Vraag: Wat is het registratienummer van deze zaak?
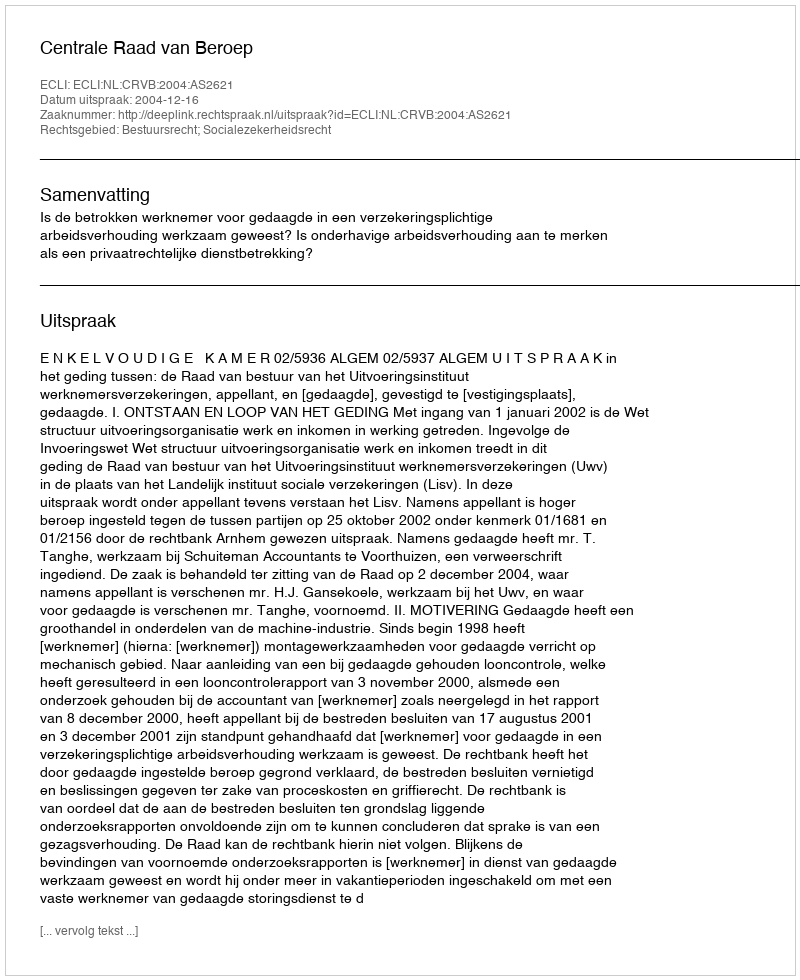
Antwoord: http://deeplink.rechtspraak.nl/uitspraak?id=ECLI:NL:CRVB:2004:AS2621